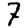
Digit: 7